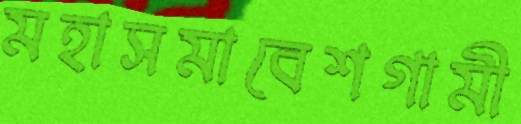
মহাসমাবেশগামী